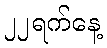
၂၂ရက်နေ့